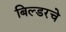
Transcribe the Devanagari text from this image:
बिल्डरचे